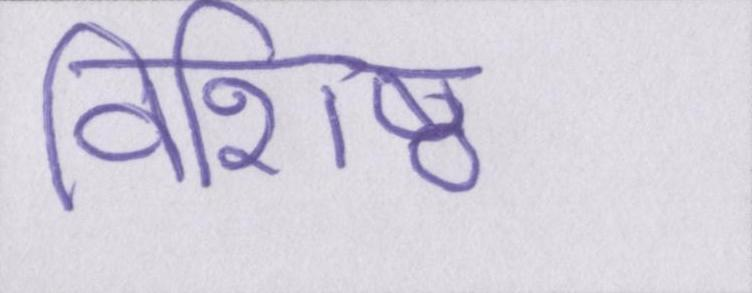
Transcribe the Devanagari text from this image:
विशिष्ठ